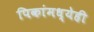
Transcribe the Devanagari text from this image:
पिकांमध्येही